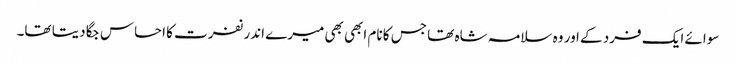
سوائے ایک فرد کے اور وہ سلامہ شاہ تھا جس کا نام ابھی بھی میرے اندر نفرت کا احساس جگا دیتا تھا۔